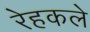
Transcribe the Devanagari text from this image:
रेहकले